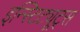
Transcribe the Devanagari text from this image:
इन्स्टिट्यूट्‌स